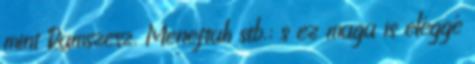
mint Ramszesz, Meneftah stb.; s ez maga is eléggé